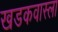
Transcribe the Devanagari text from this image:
खडकवास्ला